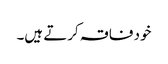
خود فاقہ کرتے ہیں۔